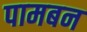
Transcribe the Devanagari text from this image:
पामबन